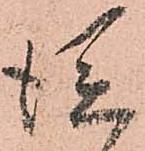
徙